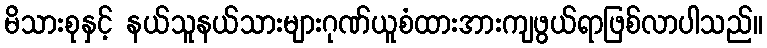
မိသားစုနှင့် နယ်သူနယ်သားများဂုဏ်ယူစံထားအားကျဖွယ်ရာဖြစ်လာပါသည်။